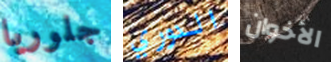
جلوريا الدوري الأخوان